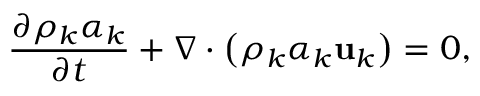
\frac { \partial \rho _ { k } \alpha _ { k } } { \partial t } + \nabla \cdot \left( \rho _ { k } \alpha _ { k } \mathbf { u } _ { k } \right) = 0 ,